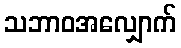
သဘာဝအလျှောက်